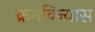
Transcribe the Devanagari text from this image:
क्रमविन्यास